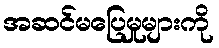
အဆင်မပြေမှုများကို